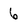
Character: 6